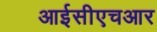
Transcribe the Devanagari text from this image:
आईसीएचआर